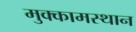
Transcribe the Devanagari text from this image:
मुक्कामस्थान